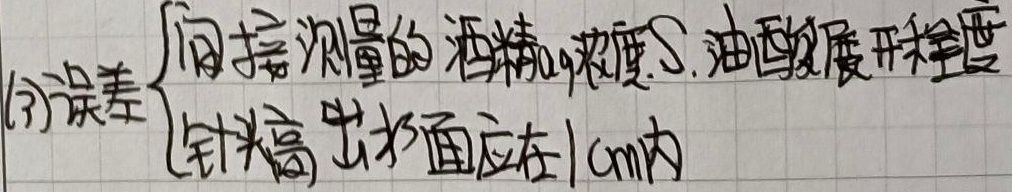
(3)误差
$\begin{cases} \text{间接测量的酒精浓度S, 油膜展开程度}\\\text{针头高出水面应在}1\text{cm内}\end{cases}$